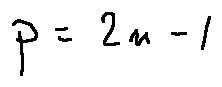
p = 2 n - 1